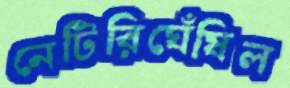
নেটিরিঘেঁষিল